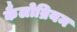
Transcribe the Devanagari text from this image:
कैलोब्रियम